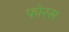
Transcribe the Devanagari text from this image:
फोरस